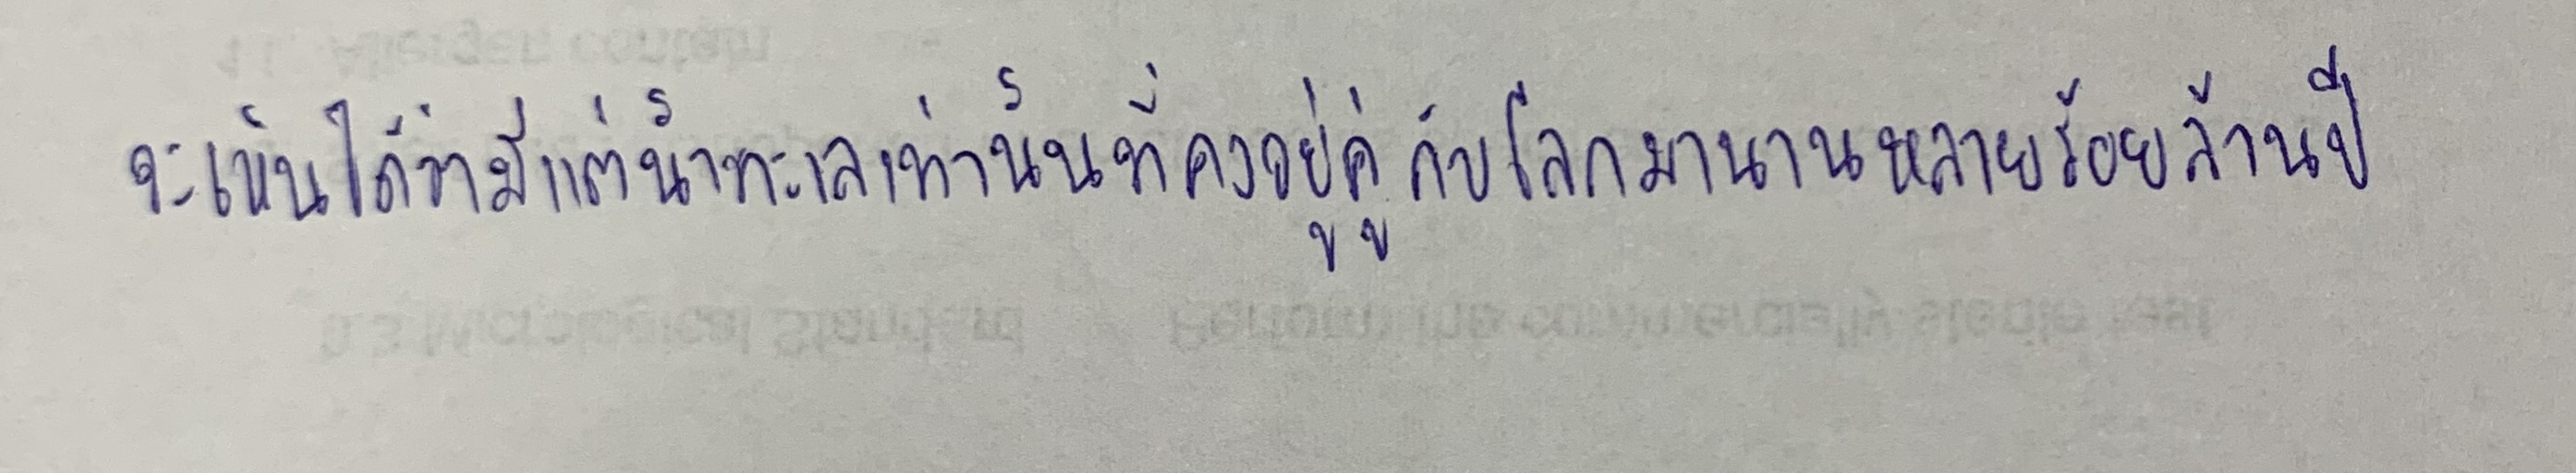
จะเห็นได้ว่ามีแต่น้ำทะเลเท่านั้นที่คงอยู่คู่กับโลกมานานหลายร้อยล้านปี